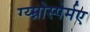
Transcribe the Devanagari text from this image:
ग्य्म्नोस्पेर्मए